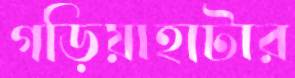
গড়িয়াহাটার